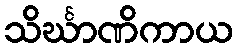
သိင်္ဃာဏိကာယ